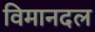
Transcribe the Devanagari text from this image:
विमानदल